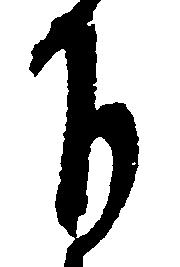
下